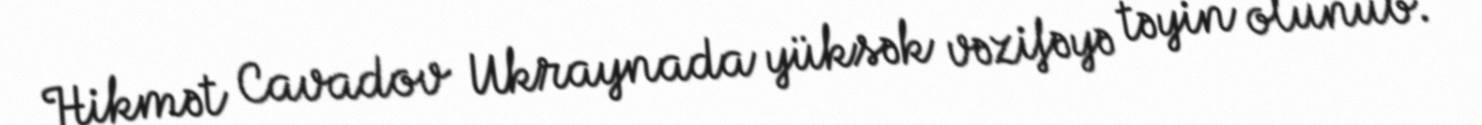
Hikmət Cavadov Ukraynada yüksək vəzifəyə təyin olunub.